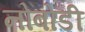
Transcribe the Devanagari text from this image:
नोबोडी